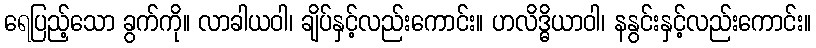
ရေပြည့်သော ခွက်ကို။ လာခါယဝါ၊ ချိပ်နှင့်လည်းကောင်း။ ဟလိဒ္ဓိယာဝါ၊ နနွင်းနှင့်လည်းကောင်း။